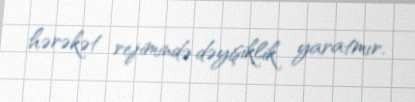
hərəkət rejimində dəyişiklik yaratmır.